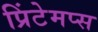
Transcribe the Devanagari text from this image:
प्रिंटेमप्स